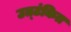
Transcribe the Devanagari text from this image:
उत्टंकित